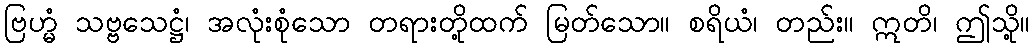
ဗြဟ္မံ သဗ္ဗသေဋ္ဌံ၊ အလုံးစုံသော တရားတို့ထက် မြတ်သော။ စရိယံ၊ တည်း။ ဣတိ၊ ဤသို့။